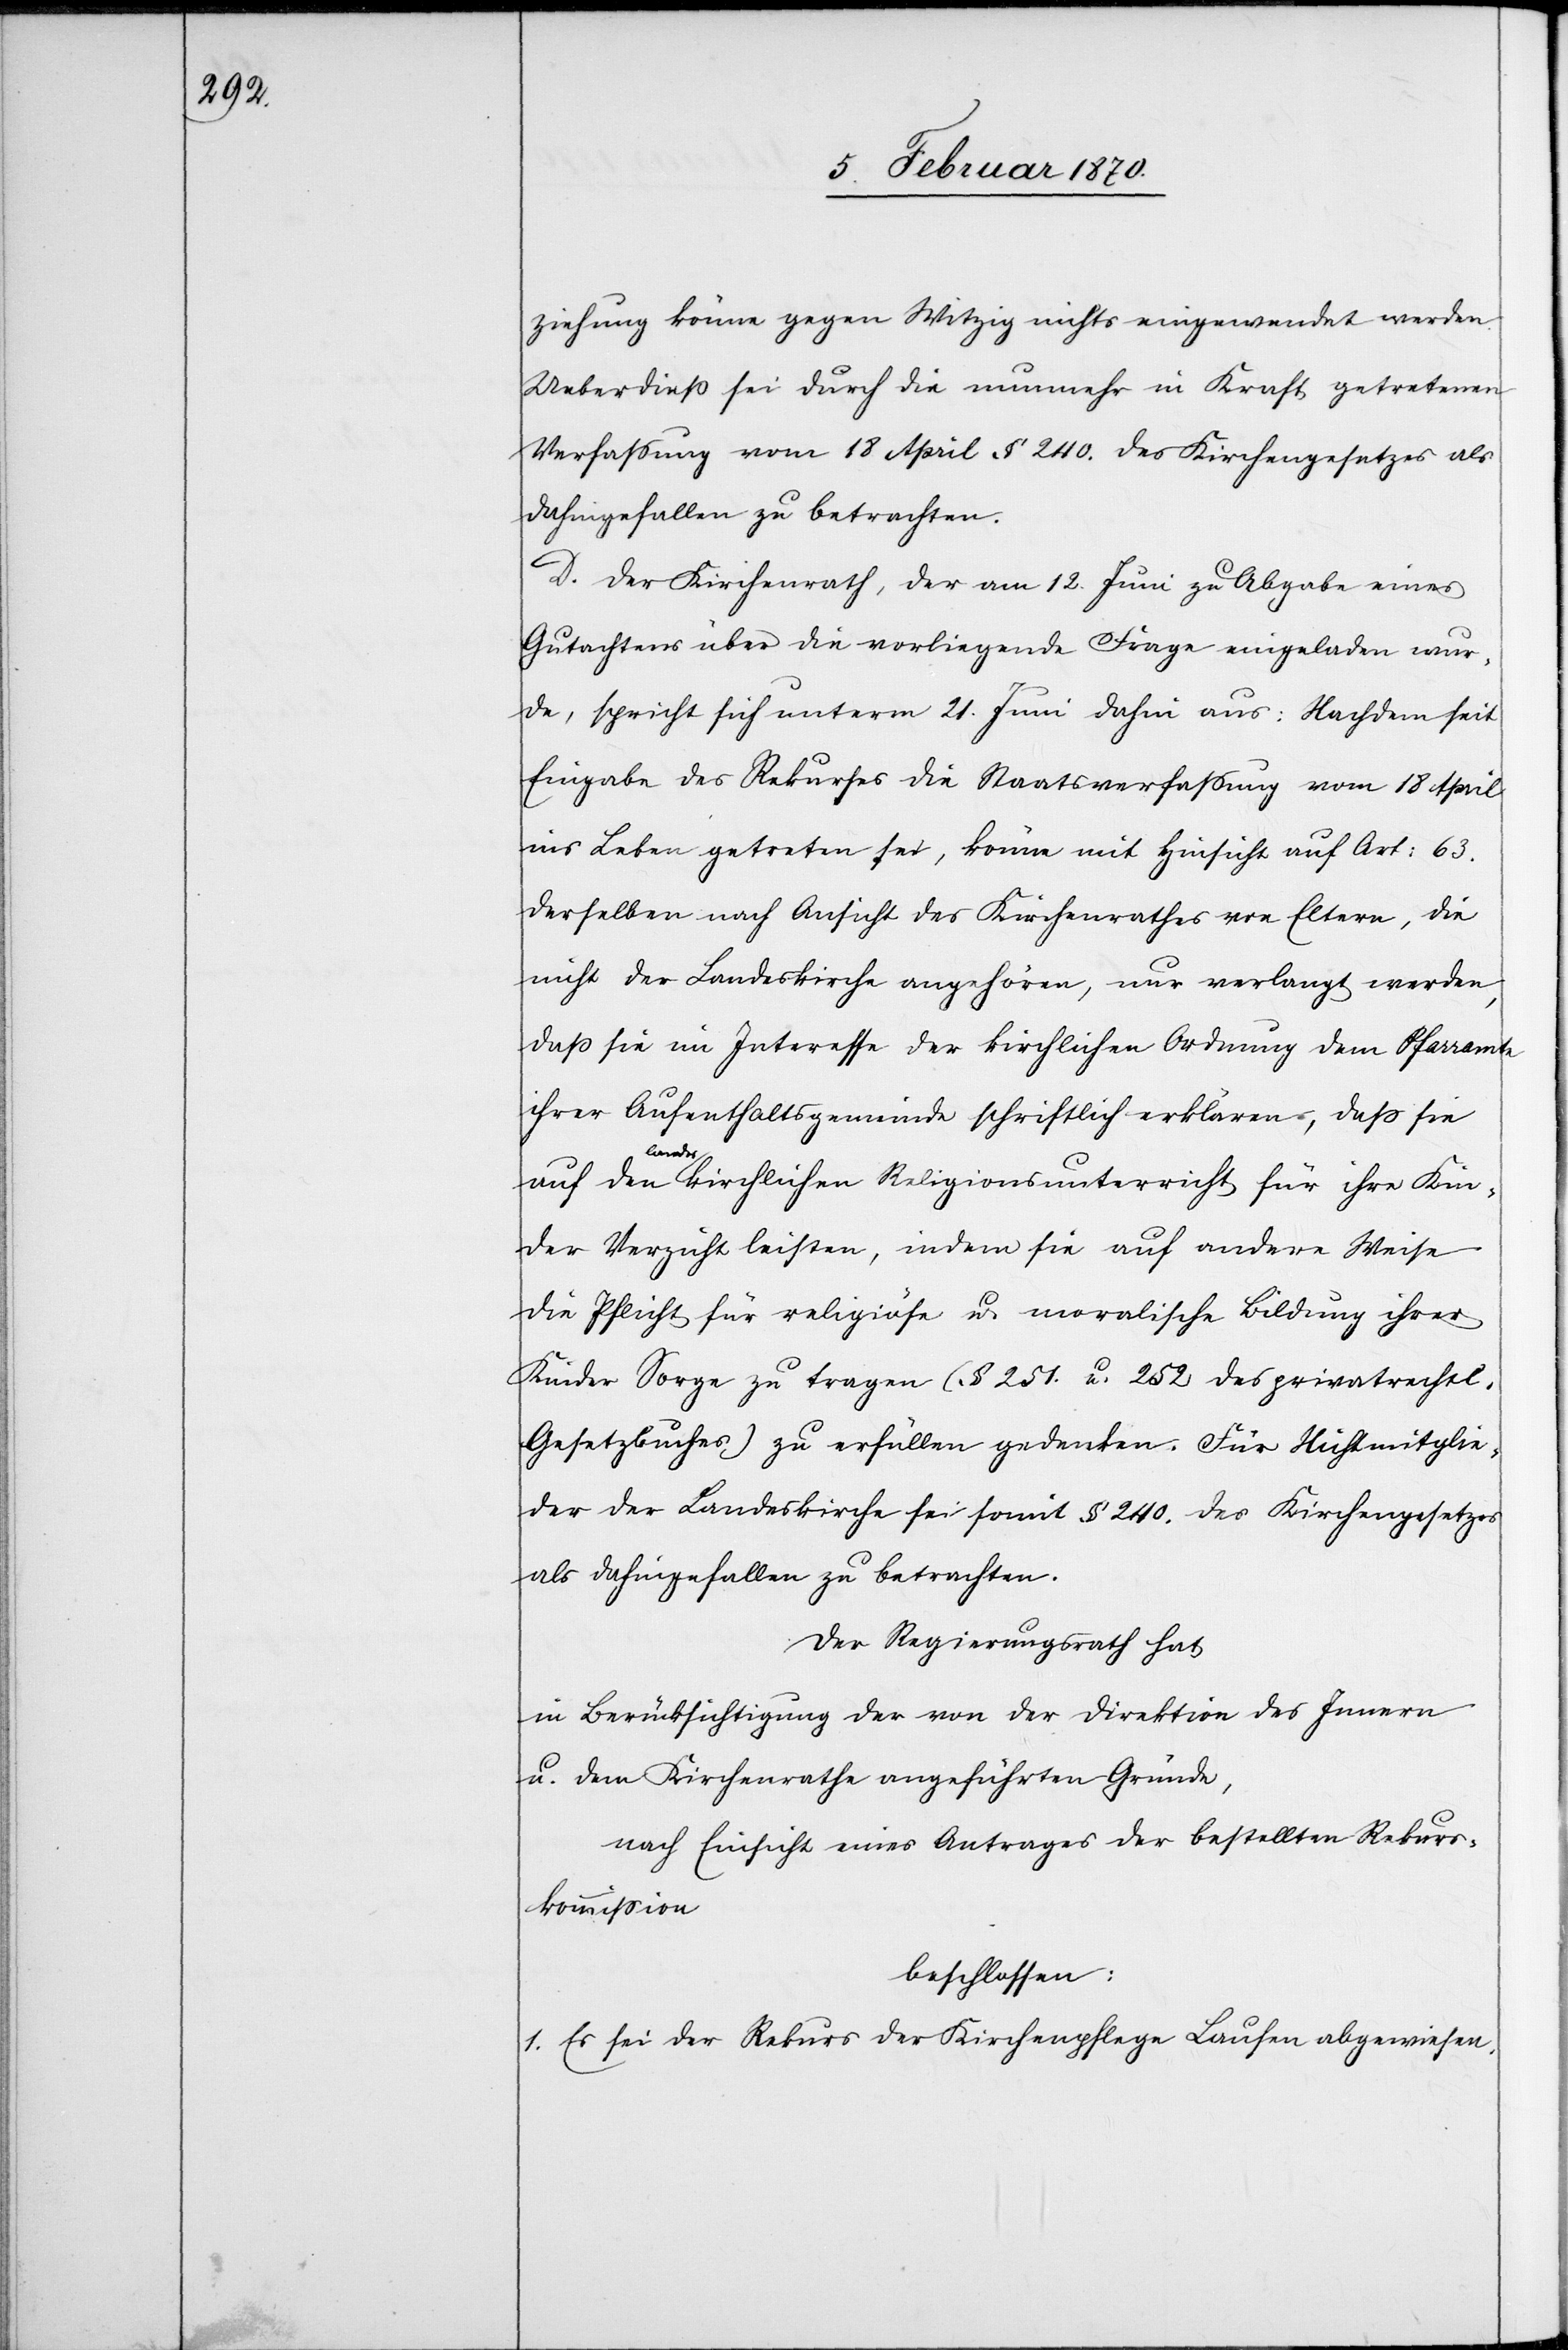
ziehung könne gegen Witzig nichts eingewendet werden.
Ueberdiess sei durch die nunmehr in Kraft getretenen
Verfassung vom 18 April § 240. des Kirchengesetzes als
dahingefallen zu betrachten.
D. Der Kirchenrath, der am 12. Juni zu Abgabe eines
Gutachtens über die vorliegende Frage eingeladen wur¬
de, spricht sich unterm 21. Juni dahin aus: Nachdem seit
Eingabe des Rekurses die Staatsverfassung vom 18 April
ins Leben getreten sei, könne mit Hinsicht auf Art: 63.
derselben nach Ansicht des Kirchenrathes von Eltern, die
nicht der Landeskirche angehören, nur verlangt werden,
dass sie im Interesse der kirchlichen Ordnung dem Pfarramte
ihrer Aufenthaltsgemeinde schriftlich erklären, dass sie
auf den landeskirchlichen Religionsunterricht für ihre Kin¬
der Verzicht leisten, indem sie auf andere Weise
die Pflicht für religiöse u. moralische Bildung ihrer
Kinder Sorge zu tragen (§ 251. u. 252 des privatrechtl.
Gesetzbuches) zu erfüllen gedenken. Für Nichtmitglie¬
der der Landeskirche sei somit § 240. des Kirchengesetzes
als dahingefallen zu betrachten.
Der Regierungsrath hat
in Berücksichtigung der von der Direktion des Innern
u. dem Kirchenrathe angeführten Gründe,
nach Einsicht eines Antrages der bestellten Rekurs¬
kommission
beschlossen:
1. Es sei der Rekurs der Kirchenpflege Laufen abgewiesen.